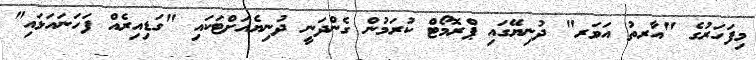
މިފަހަރުގެެ "އާރތު އަވަރ" ދުނިޔޭގައި ޕްރޮމޯޓް ކުރަމުން ގެންދަނީ ދުނިޔެއަށްޓަކައި "ގަޑިއިރެއް ފަހަނައަޅައި"